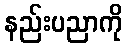
နည်းပညာကို